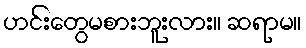
ဟင်းတွေမစားဘူးလား။ ဆရာမ။